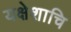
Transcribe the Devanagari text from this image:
यक्षेशाचि